Annual statistical returns and brief notes on vaccination in Bengal - 1896-1909
Year: 1896
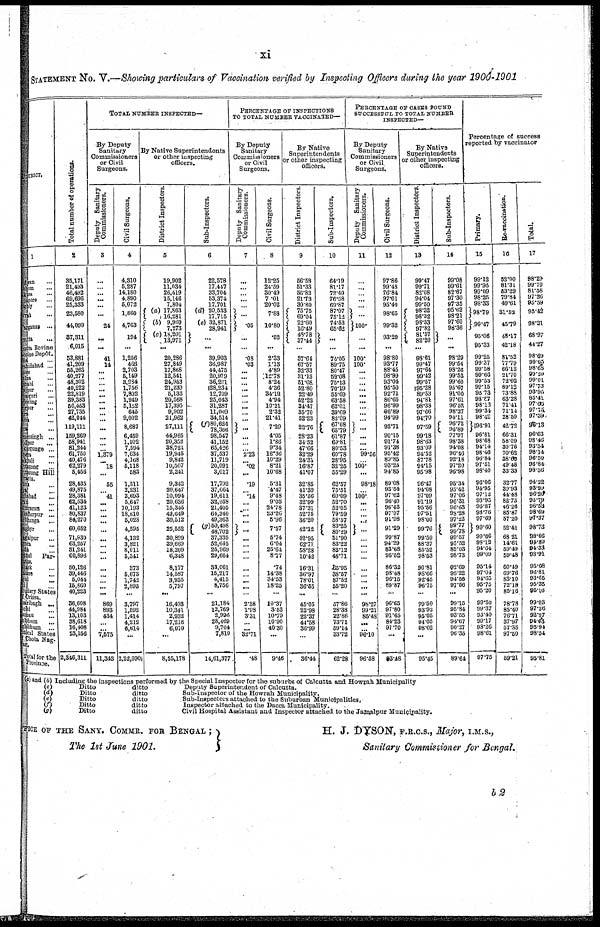
xi
STATEMENT NO. V.—Showing particulars of Vaccination verified by Inspecting Officers during the year 1900-1901
DISTRICT.
1
dwan
...
bhum ...
kura
...
napore
...
ghly
...
wrah ...
Parganas
...
cutta ...
cutta Bovine
iccine Depôt.
dia
...
rshidabad ...
sore ...
lna
...
shahi ...
rajpur ...
paiguri ...
jeeling
...
gpur ...
gra
...
na
...
cca ...
mensingh ...
idpur
...
ckargunge ...
pera ...
akhali
...
ittagong ...
ittagong Hill
racts.
tna ...
ya ...
habad ...
ran ...
amparn ...
zzaffarpur ...
rbhanga ...
nghyr
...
agalpur ...
rnea ...
lda ...
thal Par-
anas.
tack ...
asore ...
gul ...
ri ...
butary States
Orissa.
zaribagh ...
chi ...
aman ...
abhum
...
ghbhum
...
tical States
Chota Nag-
pur.
Total for the
Province.
Total number of operations.
2
35,171
21,493
46,492
69,696
25,333
23,580
44,099
37,311
6,015
53,881
41,209
55,263
40,277
48,302
40,222
22,819
39,383
50,453
27,735
42,044
119,111
159,269
58,941
81,244
61,750
40,476
62,279
5,456
28,435
49,875
28,381
62,534
41,123
80,837
84,270
60,652
71,930
63,257
31,241
60,896
50,126
39,446
5,044
15,860
40,223
36,608
44,984
13,103
38,618
16,408
23,156
2,346,311
TOTAL NUMBER INSPECTED—
By Deputy
Sanitary
Commissioners
or Civil
Surgeons.
Deputy Sanitary
Commissioners.
3
...
...
...
... ...
... ...
24
...
...
41
14
...
...
...
... ...
...
...
...
...
... ...
...
...
... 1,379
... 18
...
55
... 41
...
...
...
...
... ...
...
...
... ...
...
...
...
... ...
869
893
434
...
... 7,575
11,343
Civil Surgeons.
4
4,310
5,287
14,180
4,890
5,072
1,860
4,763
194
...
1,256
466
2,703
5,149
8,984
1,756
7,802
1,949
5,152
645
9,002
8,687
6,459
1,102
7,594
7,634
4,168
5,118
583
1,511
2,231
2,693
5,647
10,193
18,810
5,028
4,595
4,132
3,821
8,011
5,341
373
5,673
1,742
2,895
...
3,797
1,592
1,414
4,212
6,614
...
2,22,090
By Native Superintendents
or other inspecting
officers.
District Inspectors.
5
19,902
11,034
26,419
15,146
7,804
(a) 17,863
16,281
(b) 9,969
7,273
(c) 18,201
13,971
...
20,286
27,849
17,868
12,541
24,963
21,239
5,133
20,568
17,395
9,902
21,962
27,111
44,965
20,352
38,721
19,945
9,842
10,507
2,241
9,342
20,647
10,094
20,636
15,345
42,649
30,512
25,552
30,899
39,669
18,209
6,348
8,177
14,587
3,935
5,797
...
16,493
10,341
2,932
17,216
6,070
...
8,55,178
Sub-Inspectors.
6
22,578
17,417
33,704
53,374
17,701
(d) 20,533
17,715
(e) 32,871
28,941
...
39,903
36,987
44,475
20,979
36,291
28,234
12,709
25,043
31,287
11,009
34,514
(f) 80,624
78,366
98,547
41,152
65,426
37,537
11,719
20,091
3,017
17,792
37,664
19,611
32,958
21,405
64,340
49,363
(g)50,498 48,702
37,335
52,645
25,969
29,664
33,061
15,217
4,415
8,756
...
21,184
12,769
2,996
28,469
9,704
7,810
14,61,377
PERCENTAGE OF INSPECTIONS
TO TOTAL NUMBER VACCINATED—
By Deputy
Sanitary
Commissioners
or Civil
Surgeons.
Deputy Sanitary
Commissioners.
7
...
...
...
...
...
...
.05
...
...
.08
.03
... ...
...
...
...
...
...
...
...
...
...
...
... 2.23
... .02
...
.19
... .14
...
... ...
...
...
... ...
... ...
...
... ...
...
...
2.38
1.98
3.31
...
... 32.71
.48
Civil Surgeons.
8
12.25
24.59
30.49
7.01
20.02
7.88
10.80
.52
...
2.33
1.13
4.89
12.78
8.24
4.36
34.10
4.94
10.21
2.33
21.41
7.29
4.05
1.86
9.34
12.36
10.29
8.21
10.68
5.31
4.47
9.48
9.03
24.78
23.26
5.96
7.57
5.74
6.04
25.64
8.77
.74
14.38
34.53
18.25
...
10.37
3.53
10.79
10.90
40.30
...
9.46
By Native
Superintendents
or other inspecting
officers.
District Inspectors.
9
56.53
51.33
56.82
21.73
30.80
75.75
69.04
22.60
16.49
48.78
37.44
...
37.64
67.57
32.33
31.13
51.68
52.80
22.49
52.22
34.47
35.70
52.23
22.76
28.23
34.52
47.66
32.29
24.31
16.87
41.07
32.85
41.39
35.56
32.99
37.31
52.75
36.20
42.12
42.95
62.71
58.28
10.42
16.31
36.97
78.01
36.55
...
45.05
22.98
22.37
44.58
36.99
...
36.44
Sub-Inspectors.
10
64.19
81.17
72.49
76.58
69.87
87.07
75.12
74.53
65.62
...
...
74.05
89.75
80.47
52.08
75.13
70.19
55.69
63.58
62.01
39.69
82.09
67.68
65.79
61.87
69.81
80.53
60.78
28.95
32.25
55.29
62.57
75.51
69.09
52.70
52.05
79.59
58.57
83.25
80.29
51.90
83.22
83.12
48.71
65.95
38.57
87.52
55.20
...
57.86
28.38
22.86
73.71
59.14
33.72
62.28
PERCENTAGE OF CASES FOUND
SUCCESSFUL TO TOTAL NUMBER
INSPECTED—
By Deputy
Sanitary
Commissioners
or Civil
Surgeons.
Deputy Sanitary
Commissioners.
11
...
...
...
...
...
...
100.
...
...
100.
100.
...
... ...
...
... ...
...
... ...
...
...
... ... 99.56
... 100.
...
98.18
... 100.
...
...
... ...
...
...
...
... ...
...
...
...
...
...
98.27
99.21
86.48
...
... 96.10
96.58
Civil Surgeons.
12
97.86
99.48
76.84
97.01
95.40
98.65
99.32
93.29
...
98.80
98.77
88.45
98.99
93.04
95.50
92.71
86.65
96.99
96.89
94.99
93.71
90.15
91.74
91.38
95.42
89.85
93.25
94.85
89.08
93.54
97.62
96.40
96.43
97.97
91.98
91.29
99.87
94.29
83.68
98.52
86.32
98.48
96.15
89.87
...
96.65
97.80
91.65
84.23
97.70
...
93.48
By Native
Superintendents
or other inspecting
officers.
District Inspectors.
13
99.47
99.71
82.08
94.04
99.50
98.32
98.32
98.33
97.82
81.57
82.20
...
98.61
99.47
97.64
99.42
99.57
195.28
89.53
94.81
98.38
97.66
94.70
97.59
99.18
98.63
93.09
94.52
87.78
94.15
95.98
96.47
94.08
97.09
91.19
95.56
97.51
98.00
99.76
99.59
88.37
85.52
98.53
90.81
98.66
92.45
96.75
...
99.50
98.92
95.05
94.05
98.02
...
95.45
Sub-Inspectors.
14
99.08
99.61
82.67
97.30
97.35
95.62
98.21
97.60
98.36
...
...
98.29
99.54
98.26
99.53
99.60
95.67
91.00
97.61
96.52
98.27
94.11
96.72
96.89
97.97
98.38
94.08
96.46
92.18
97.20
96.98
95.34
95.42
97.06
96.31
96.63
98.28
97.22
99.77
99.78
99.57
95.52
85.03
98.73
92.69
96.22
94.56
97.56
...
99.15
95.84
93.55
94.67
90.27
96.35
89.64
Percentage of success
reported by vaccinator
Primary.
15
99.12
99.95
99.09
98.25
98.33
98.79
99.47
95.06
95.33
99.25
99.37
99.58
99.66
99.53
99.15
95.73
98.87
98.13
99.34
98.42
196.91
96.81
98.68
94.14
98.46
96.84
97.51
98.40
96.06
94.95
97.12
93.95
96.87
93.76
97.69
99.60
99.66
98.12
94.64
99.09
95.14
97.04
91.65
95.75
95.20
99.50
99.37
95.40
90.17
93.26
98.61
97.75
Re-vaccination.
16
52.00
81.31
53.29
79.84
49.61
31.52
45.79
48.17
42.18
81.52
77.79
66.12
21.70
72.02
89.12
73.88
63.28
71.41
71.14
28.59
42.72
66.31
58.09
30.76
70.62
38.60
49.48
33.33
32.77
30.93
44.48
82.73
46.26
85.87
57.20
52.41
68.21
14.61
59.49
59.48
60.19
69.76
83.10
72.18
85.16
78.78
85.40
76.71
37.97
57.36
97.50
59.21
Total.
17
98.29
99.79
81.58
97.26
95.59
95.42
98.31
68.97
41.27
98.69
99.05
98.68
99.20
99.01
97.73
93.95
85.41
97.65
97.75
97.39
96.13
96.03
98.46
93.34
98.14
96.50
96.84
98.36
94.22
93.99
96.20
93.79
96.53
98.69
97.37
98.73
98.66
94.89
94.33
98.91
95.08
96.81
93.65
95.35
95.16
99.03
97.36
92.97
94.63
95.94
98.54
95.81
(a) and (b) Including the inspections performed by the Special Inspector for the suburbs of Calcutta and Howrah Municipality
(c)
Ditto
ditto
Deputy Superintendent of Calcutta.
(d)
Ditto
ditto
Sub-Inspector of the Howrah Municipality.
(c)
Ditto
ditto
Sub-Inspectors attached to the Suburban Municipalities.
(f)
Ditto
ditto
Inspector attached to the Dacca Municipality.
(g)
Ditto
ditto
Civil Hospital Assistant and Inspector attached to the Jamalpur Municipality.
OFFICE OF THE SANT. COMMR. FOR BENGAL ;
The 1st June 1901.
H. J. DYSON, F.R.C.S., Major, I.M.S.,
Sanitary Commissioner for Bengal.
b2